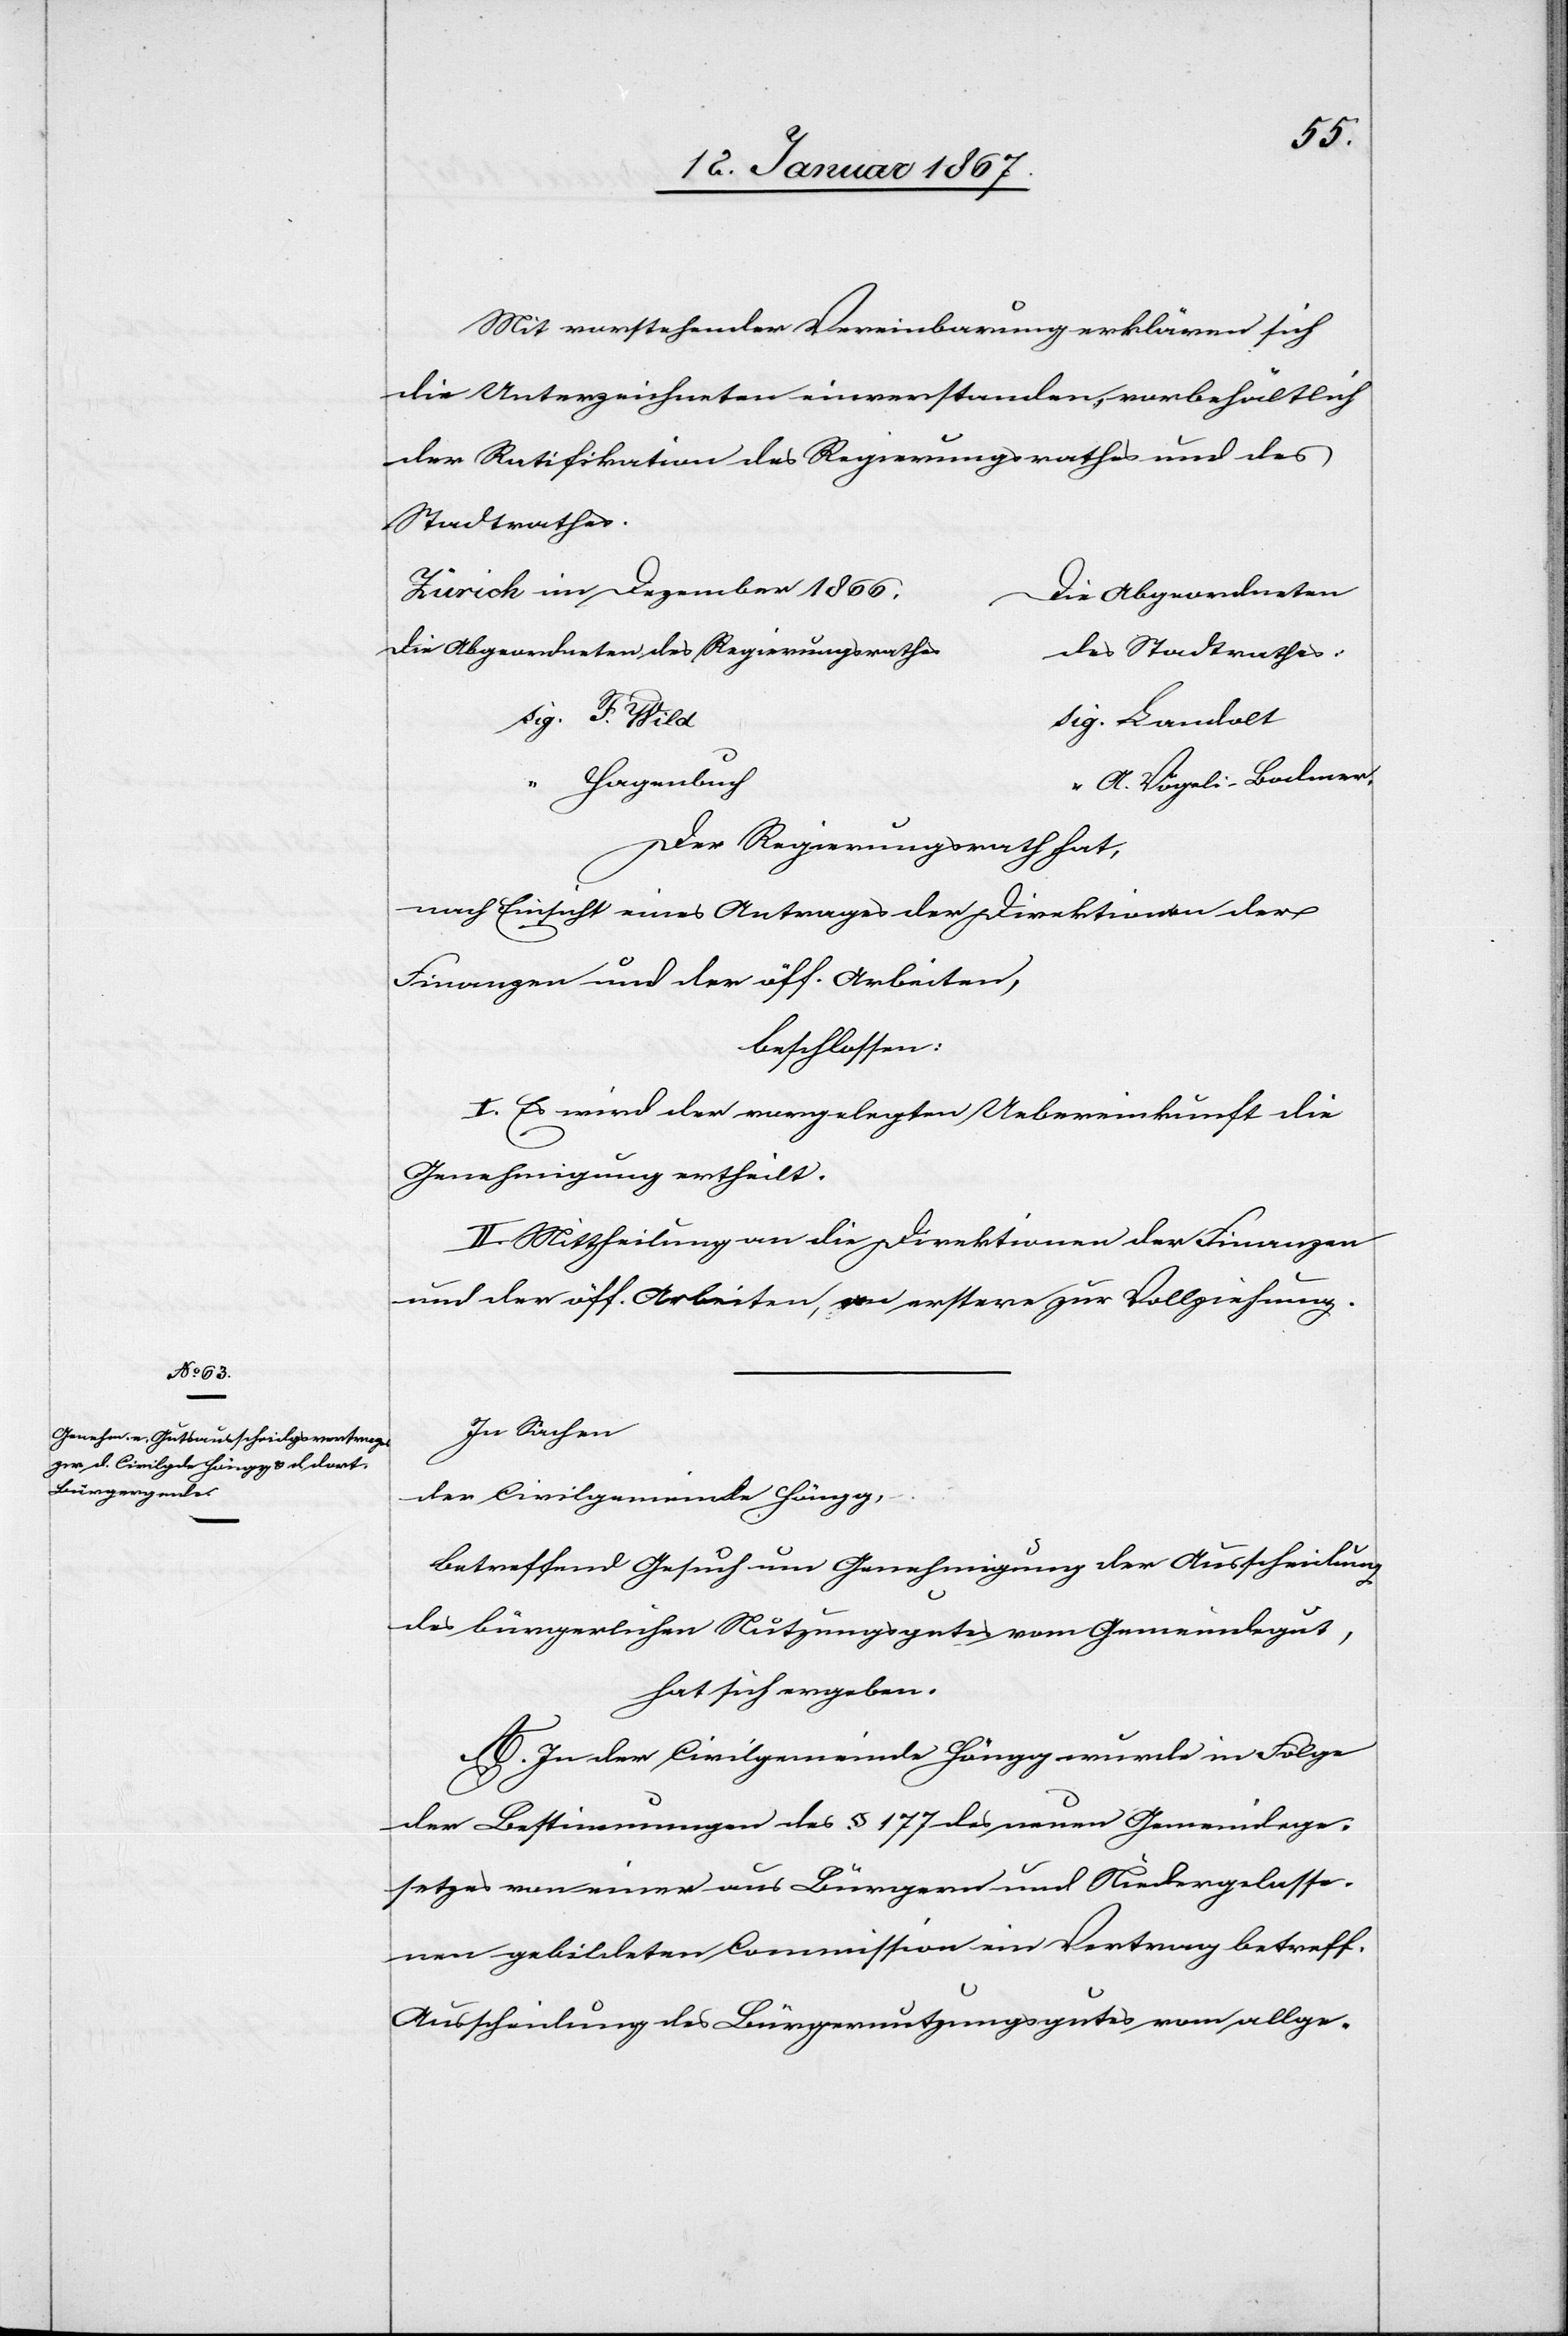
Mit vorstehender Vereinbarung erklären sich
die Unterzeichneten einverstanden, vorbehältlich
der Ratifikation des Regierungsrathes und des
Stadtrathes.
die Abgeordneten des Regierungsrathe¬
sig. F.
‟	A. Vögeli-Bodmer.
Der Regierungsrath hat,
nach Einsicht eines Antrages der Direktion der
Finanzen und der öff. Arbeiten,
beschlossen:
I. Es wird der vorgelegten Uebereinkunft die
Genehmigung ertheilt.
II. Mittheilung an die Direktionen der Finanzen
und der öff. Arbeiten, an erstere zur Vollziehung.
In Sachen
der Civilgemeinde Höngg,
betreffend Gesuch um Genehmigung der Ausscheidung
des bürgerlichen Nutzungsgutes vom Gemeindegut,
hat sich ergeben:
A. In der Civilgemeinde Höngg wurde in Folge
der Bestimmungen des § 177 des neuen Gemeindege¬
setzes von einer aus Bürgern und Niedergelasse¬
nen gebildeten Commission ein Vertrag betreff.
Ausscheidung des Bürgernutzungsgutes vom allge-